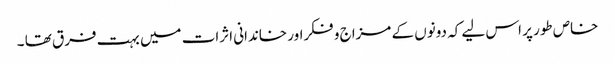
خاص طور پر اس لیے کہ دونوں کے مزاج و فکراور خاندانی اثرات میں بہت فرق تھا ۔